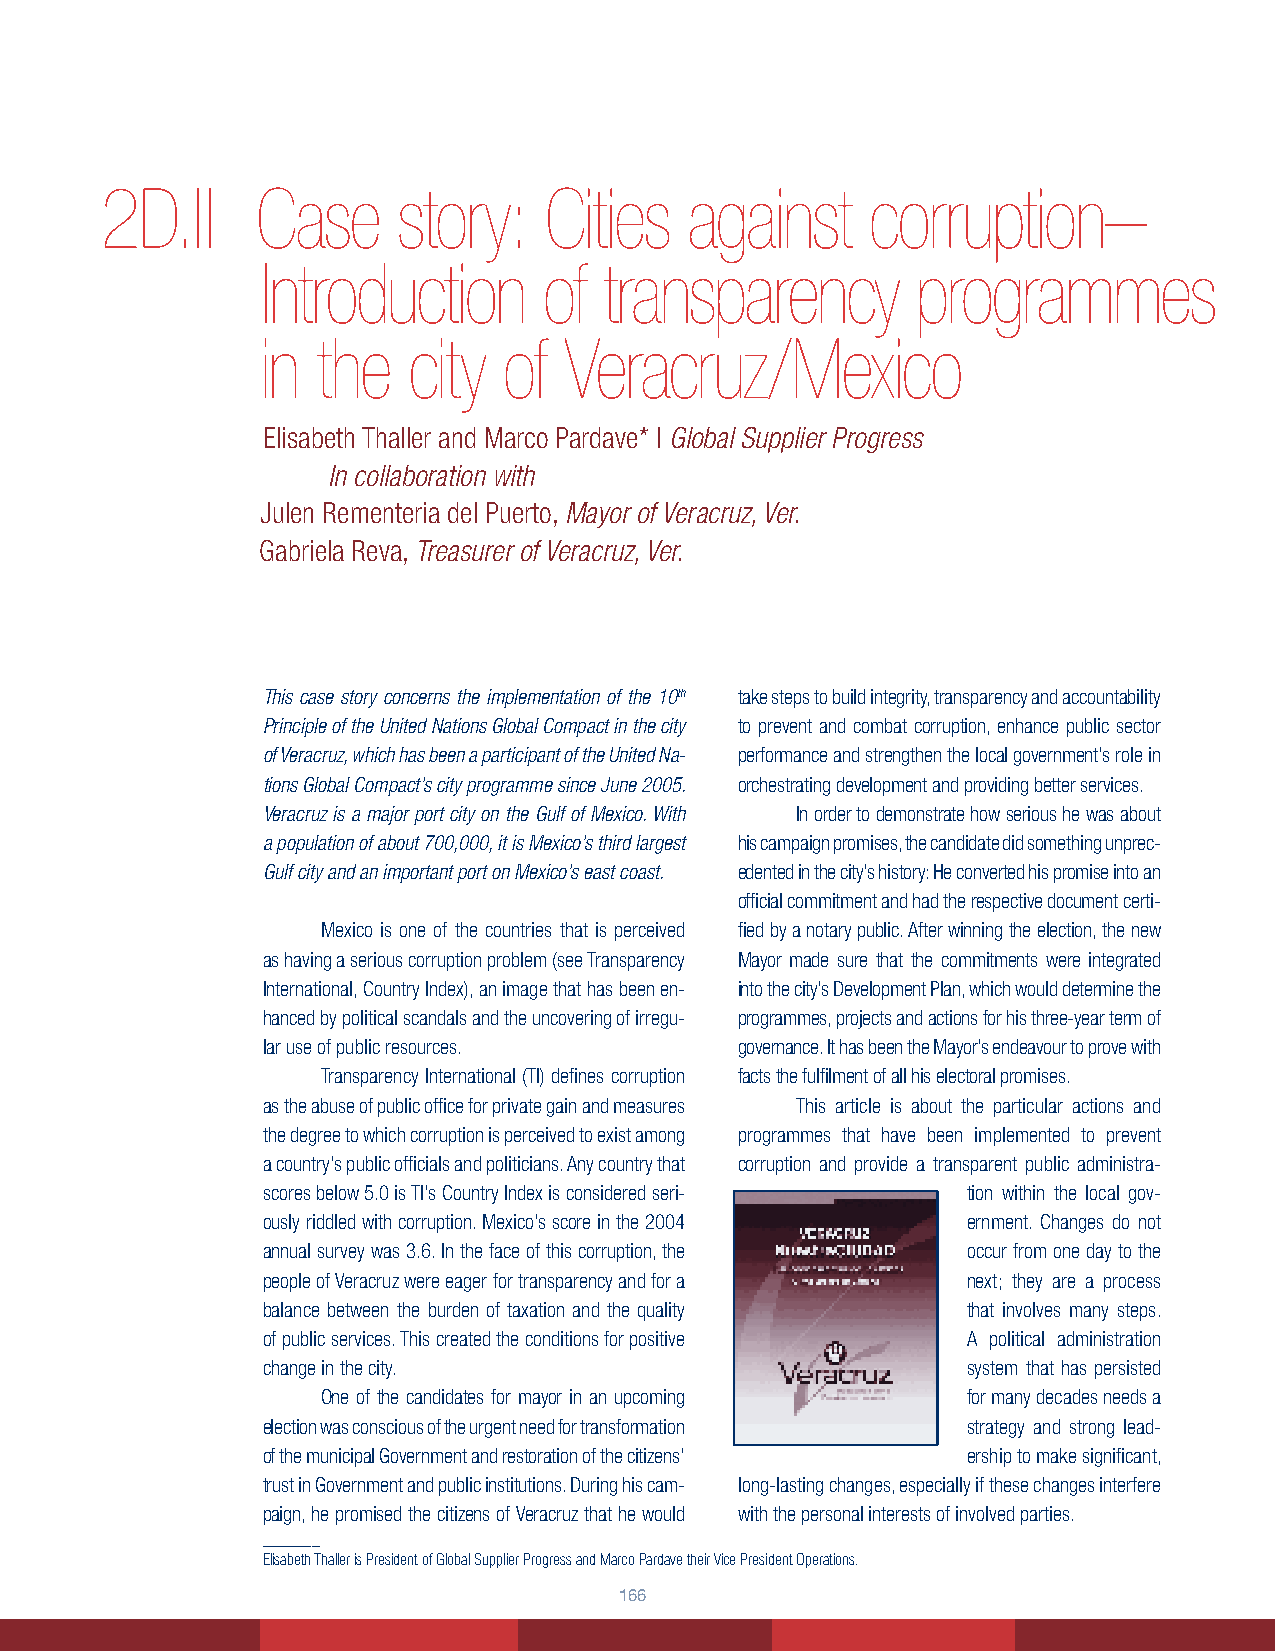
2D.II     Case     story:    Cities    against    corruption–
 Introduction       of  transparency         programmes
 in  the   city  of  Veracruz/Mexico
 Elisabeth Thaller and Marco Pardave* | Global Supplier Progress
 In collaboration with
 Julen Rementeria del Puerto, Mayor of Veracruz, Ver.
 Gabriela Reva, Treasurer of Veracruz, Ver.
 This case story concerns the implementation of the 10th take steps to build integrity, transparency and accountability
 Principle of the United Nations Global Compact in the city to prevent and combat corruption, enhance public sector
 of Veracruz, which has been a participant of the United Na- performance and strengthen the local government’s role in
 tions Global Compact’s city programme since June 2005. orchestrating development and providing better services.
 Veracruz is a major port city on the Gulf of Mexico. With In order to demonstrate how serious he was about
 a population of about 700,000, it is Mexico’s third largest his campaign promises, the candidate did something unprec-
 Gulf city and an important port on Mexico’s east coast. edented in the city’s history: He converted his promise into an
 official commitment and had the respective document certi-
 Mexico is one of the countries that is perceived fied by a notary public. After winning the election, the new
 as having a serious corruption problem (see Transparency Mayor made sure that the commitments were integrated
 International, Country Index), an image that has been en- into the city’s Development Plan, which would determine the
 hanced by political scandals and the uncovering of irregu- programmes, projects and actions for his three-year term of
 lar use of public resources.    governance. It has been the Mayor’s endeavour to prove with
 Transparency International (TI) defines corruption facts the fulfilment of all his electoral promises.
 as the abuse of public office for private gain and measures This article is about the particular actions and
 the degree to which corruption is perceived to exist among programmes that have been implemented to prevent
 a country’s public officials and politicians. Any country that corruption and provide a transparent public administra-
 scores below 5.0 is TI’s Country Index is considered seri- tion within the local gov-
 ously riddled with corruption. Mexico’s score in the 2004 ernment. Changes do not
 annual survey was 3.6. In the face of this corruption, the occur from one day to the
 people of Veracruz were eager for transparency and for a next; they are a process
 balance between the burden of taxation and the quality that involves many steps.
 of public services. This created the conditions for positive A political administration
 change in the city.                            system that has persisted
 One of the candidates for mayor in an upcoming for many decades needs a
 election was conscious of the urgent need for transformation strategy and strong lead-
 of the municipal Government and restoration of the citizens’ ership to make significant,
 trust in Government and public institutions. During his cam- long-lasting changes, especially if these changes interfere
 paign, he promised the citizens of Veracruz that he would with the personal interests of involved parties.
 _______
 Elisabeth Thaller is President of Global Supplier Progress and Marco Pardave their Vice President Operations.
 166